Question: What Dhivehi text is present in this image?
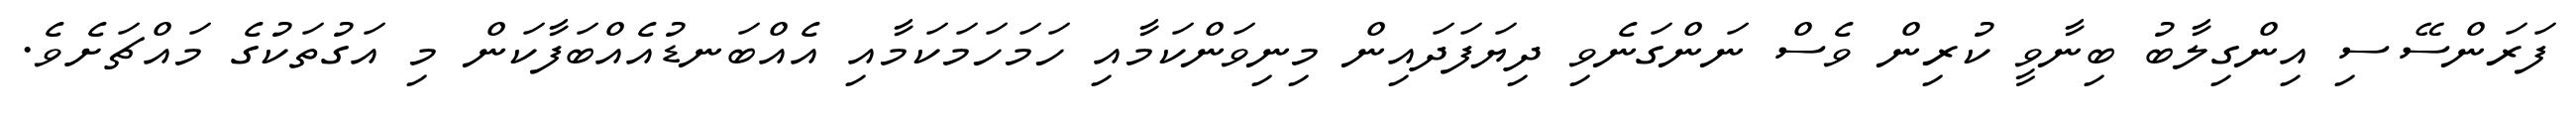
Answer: ފަރަންސޭސި އިންގިލާބު ބިނާވީ ކުރިން ވެސް ނަންގަނެވި ދިޔަފަދައިން މިނިވަންކަމާއި ހަމަހަމަކަމާއި އެއްބަނޑުއެއްބަފާކަން މި އަގުތަކުގެ މައްޗަށެވެ.